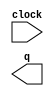
module DIV_COUNT (
	clock,
	q);

	input	  clock;
	output	[11:0]  q;

endmodule